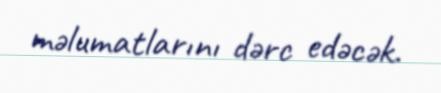
məlumatlarını dərc edəcək.